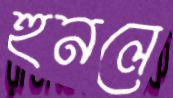
হুনলে